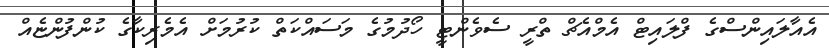
އެއާލައިންސްގެ ފްލައިޓް އެމްއެޗް ތްރީ ސެެވެންޓީ ހޯދުމުގެ މަސައްކަތް ކުރުމަށް އެމެރިކާގެ ކުންފުންޏެއް